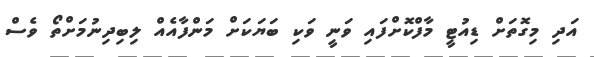
އަދި މިގޮތަށް ޑިއުޓީ މާފްކޮށްފައި ވަނީ ވަކި ބަޔަކަށް މަންފާއެއް ލިބިދިނުމަށްތޯ ވެސް